Indian journal of veterinary science and animal husbandry - Volumes 24-25, 1954-1955
Year: 1954
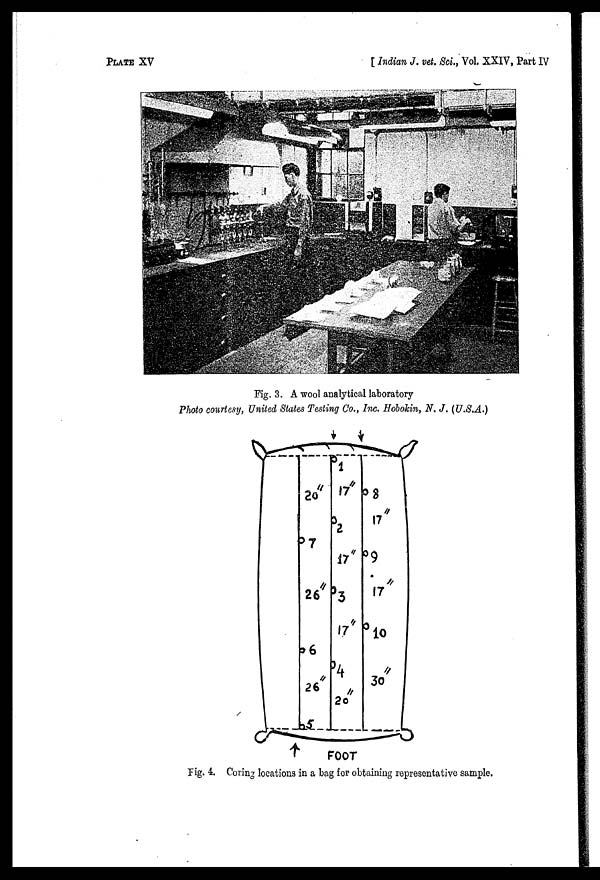
PLATE XV
[ Indian J. vet. Sci., Vol. XXIV, Part IV
Fig. 3. A wool analytical laboratory
Photo courtesy, United States Testing Co., Inc. Hobokin, N. J. (U.S.A.)
Fig. 4. Coring locations in a bag for obtaining representative sample.